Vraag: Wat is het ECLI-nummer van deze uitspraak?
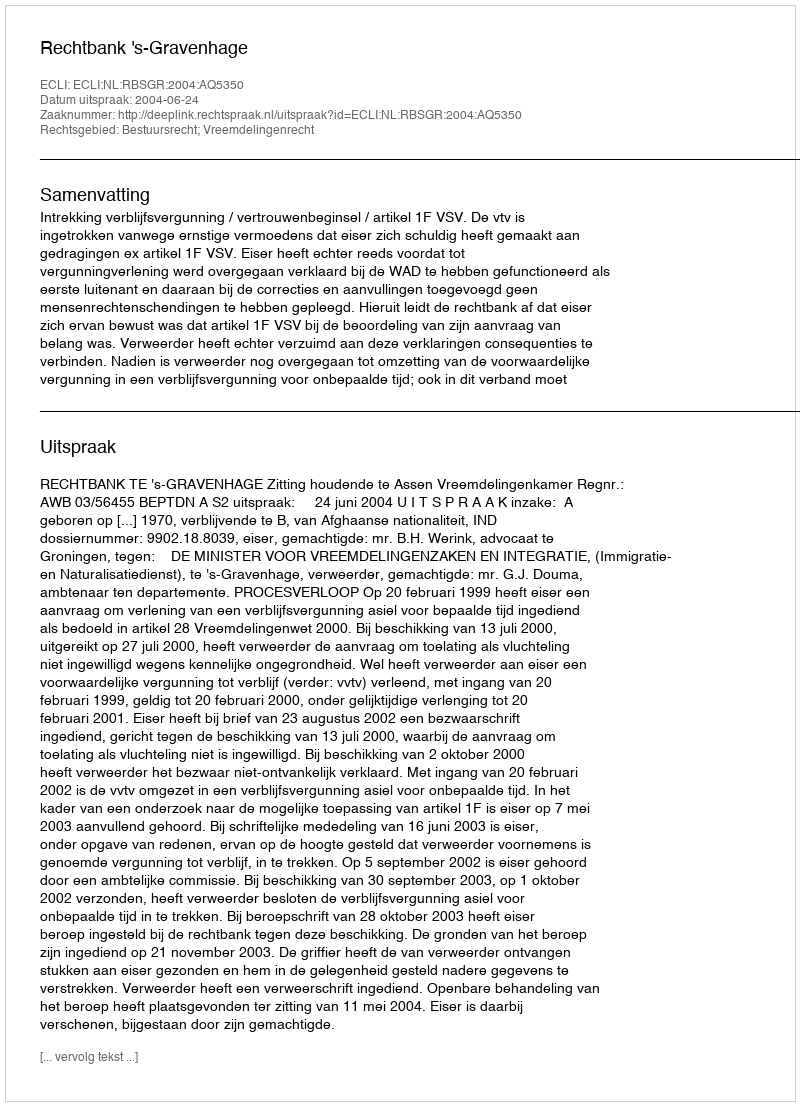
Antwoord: ECLI:NL:RBSGR:2004:AQ5350